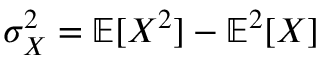
\sigma _ { X } ^ { 2 } = \mathbb { E } [ X ^ { 2 } ] - \mathbb { E } ^ { 2 } [ X ]